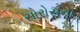
સોરોસના